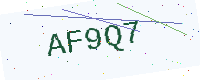
Text: AF9Q7